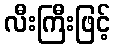
လီးကြီးဖြင့်